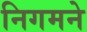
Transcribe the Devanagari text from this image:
निगमने